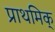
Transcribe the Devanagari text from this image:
प्राथमिक्